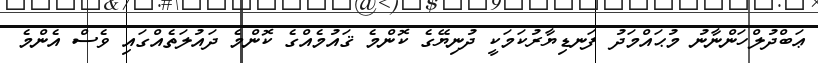
ޢަބްދުލްހަންނާނު މުޙައްމަދު ފަނޑިޔާރުކަމަކީ ދުނިޔޭގެ ކޮންމެ ޤައުމެއްގެ ކޮންމެ ދައުލަތެއްގައި ވެސް އެންމެ